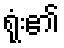
ရုံး၏